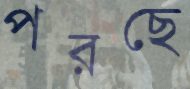
পরছে